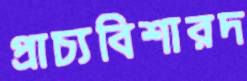
প্রাচ্যবিশারদ